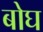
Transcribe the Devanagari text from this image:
बोघ